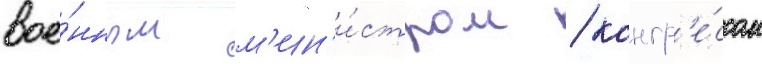
вое́нным м'ин'и́стром / конгр'е́ссом